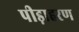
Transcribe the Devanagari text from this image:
पीड़ाहरण